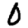
Digit: 0